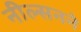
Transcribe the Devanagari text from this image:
नील्सनने